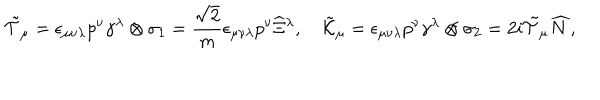
\tilde { \cal T } _ { \mu } = \epsilon _ { \mu \nu \lambda } p ^ { \nu } \gamma ^ { \lambda } \otimes \sigma _ { 1 } = \frac { \sqrt { 2 } } { m } \epsilon _ { \mu \nu \lambda } p ^ { \nu } \widehat { \Xi } { } ^ { \lambda } , \quad \tilde { \cal K } _ { \mu } = \epsilon _ { \mu \nu \lambda } p ^ { \nu } \gamma ^ { \lambda } \otimes \sigma _ { 2 } = 2 i \tilde { \cal T } _ { \mu } \widehat { N } ,